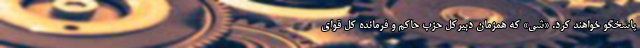
پاسخگو خواهند کرد. «شی» که همزمان دبیرکل حزب حاکم و فرمانده کل قوای